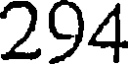
294